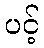
ပင့်